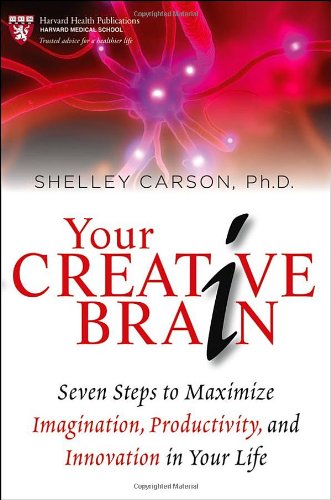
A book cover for Your Creative Brain: Seven Steps to Maximize Imagination, Productivity, and Innovation in Your Life; Shelley Carson; Health, Fitness & Dieting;